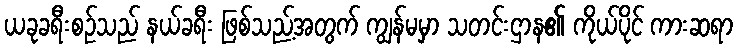
ယခုခရီးစဉ်သည် နယ်ခရီး ဖြစ်သည့်အတွက် ကျွန်မမှာ သတင်းဌာန၏ ကိုယ်ပိုင် ကားဆရာ